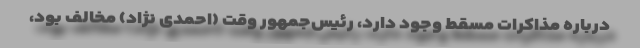
درباره مذاکرات مسقط وجود دارد، رئیس‌جمهور وقت (احمدی نژاد) مخالف بود،